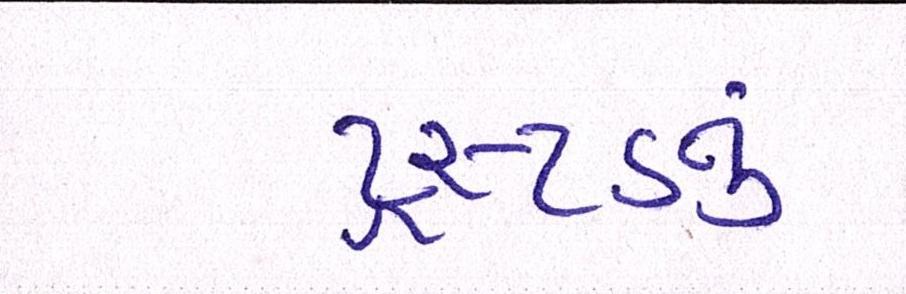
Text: ટ્રસ્ટડનું